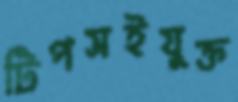
টিপসইযুক্ত